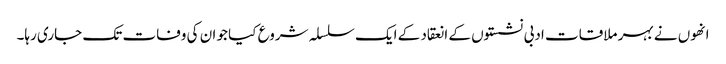
انھوں نے بہر ملاقات ادبی نشستوں کے انعقاد کے ایک سلسلہ شروع کیا جو ان کی وفات تک جاری رہا۔